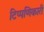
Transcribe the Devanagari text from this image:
टिप्पणिकारी